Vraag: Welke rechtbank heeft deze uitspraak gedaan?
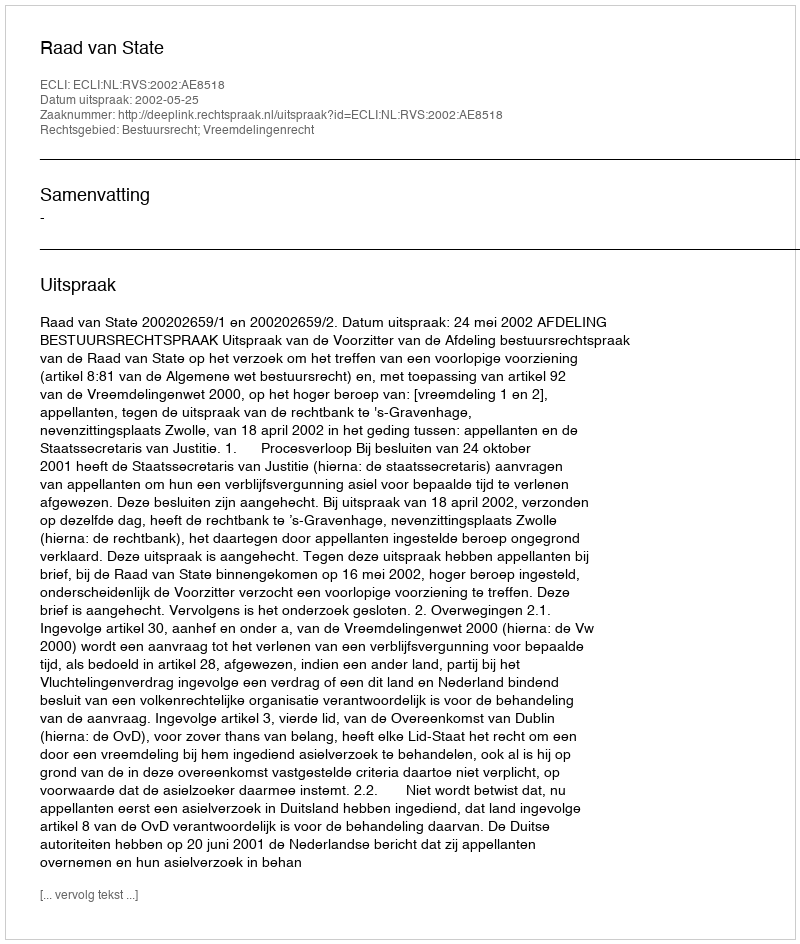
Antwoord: Raad van State